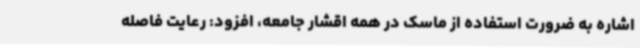
اشاره به ضرورت استفاده از ماسک در همه اقشار جامعه، افزود: رعایت فاصله